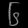
Digit: ၆